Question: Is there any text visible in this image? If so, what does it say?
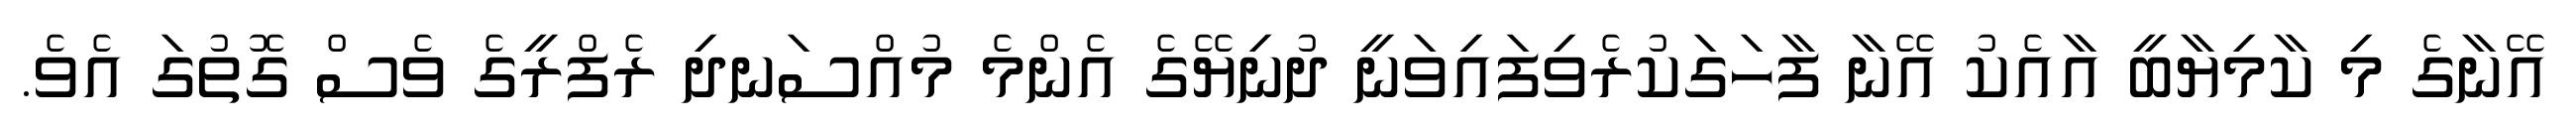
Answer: އޭނާގެ މި ކާމިޔާބީ އާއެކު އޭނާ ފާހަގަކުރެވިފައިވަނީ ދުނިޔޭގެ އެންމެ މުއްސަނދި ރެފްރީގެ ވެސް ގޮތުގަ އެވެ.